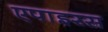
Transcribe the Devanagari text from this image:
एपाइरस